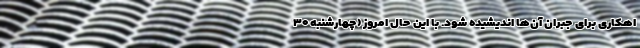
اهکاری برای جبران آن‌ها اندیشیده شود. با این حال امروز (چهارشنبه ۳۰